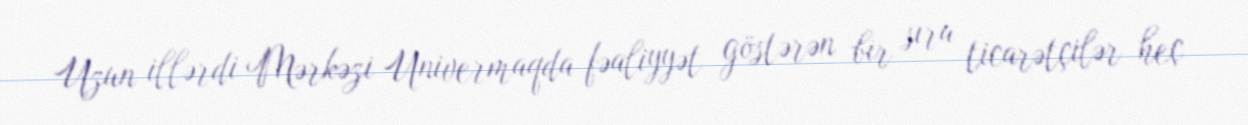
Uzun illərdi Mərkəzi Univermaqda fəaliyyət göstərən bir sıra ticarətçilər heç